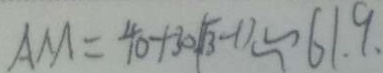
A M = 4 0 + 3 0 \sqrt { 3 } - 1 1 \approx 6 1 . 9 .